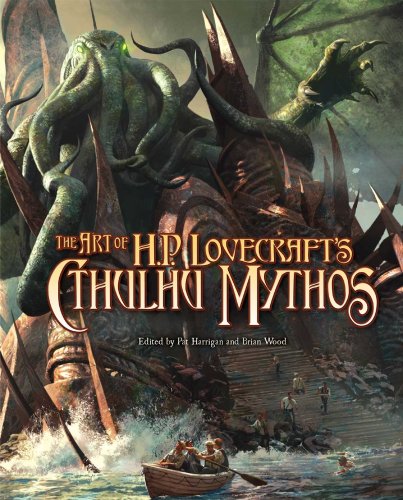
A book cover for The Art Of H.P. Lovecraft's Cthulhu Mythos; Science Fiction & Fantasy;